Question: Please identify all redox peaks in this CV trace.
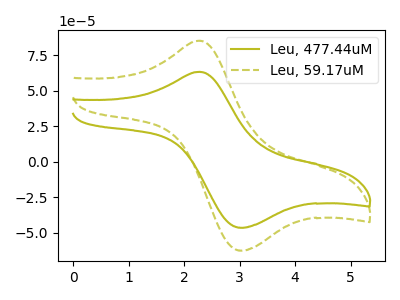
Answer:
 <answer>The olive curve "Leu, 477.44uM" has an anodic peak at (2.30V, 63.20uA) and a cathodic peak at (3.05V, -46.35uA). The olive dashed curve "Leu, 59.17uM" has an anodic peak at (2.30V, 85.10uA) and a cathodic peak at (3.05V, -62.40uA).</answer>
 <eval></eval>